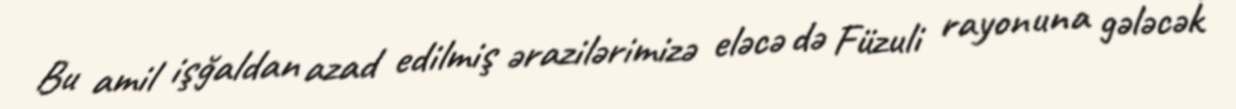
Bu amil işğaldan azad edilmiş ərazilərimizə eləcə də Füzuli rayonuna gələcək